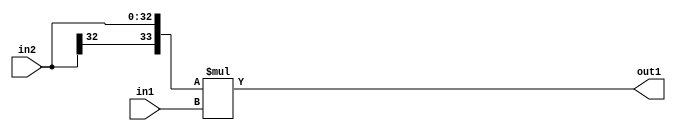
`timescale 1ps / 1ps
/*****************************************************************************
    Verilog RTL Description
    
    
    Created by: Stratus DpOpt 21.05.01 
*******************************************************************************/

module SobelFilter_Mul_33Sx24U_34S_1 (
	in2,
	in1,
	out1
	); /* architecture "behavioural" */ 
input [32:0] in2;
input [23:0] in1;
output [33:0] out1;
wire [33:0] asc001;

assign asc001 = 
	+({in2[32], in2} * in1);

assign out1 = asc001;
endmodule

/* CADENCE  ubH4TAg= : u9/ySxbfrwZIxEzHVQQV8Q== ** DO NOT EDIT THIS LINE ******/